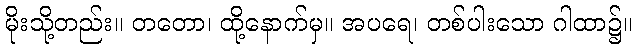
မိုးသို့တည်း။ တတော၊ ထို့နောက်မှ။ အပရေ၊ တစ်ပါးသော ဂါထာ၌။